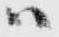
ハ